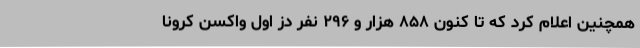
همچنین اعلام کرد که تا کنون ۸۵۸ هزار و ۲۹۶ نفر دُز اول واکسن کرونا